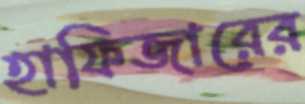
হাফিজারের